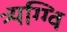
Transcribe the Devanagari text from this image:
त्र्यग्ग्वि